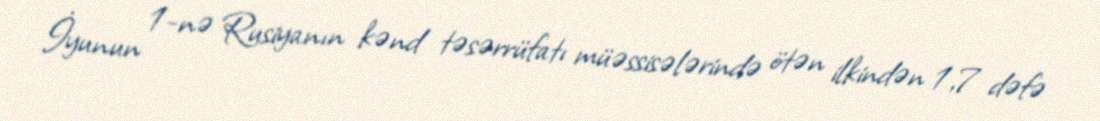
İyunun 1-nə Rusiyanın kənd təsərrüfatı müəssisələrində ötən ilkindən 1,7 dəfə